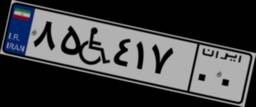
۳۳W۹۱۶۰۰